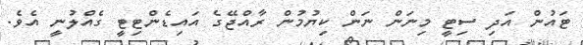
ޓައުން އަދި ސިޓީ މިނަން ނަން ކިޔުމުން ރާއްޖޭގެ އައިޑެންޓިޓީ ގެއްލުނީ އެވެ.